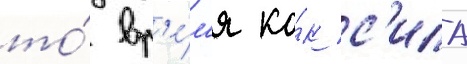
то́ вр'е́м'я ка́к с'ила